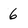
Character: 6